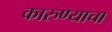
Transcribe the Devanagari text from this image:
कारुण्याचा